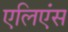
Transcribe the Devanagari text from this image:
एलिएंस